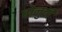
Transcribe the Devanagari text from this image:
बोनुची